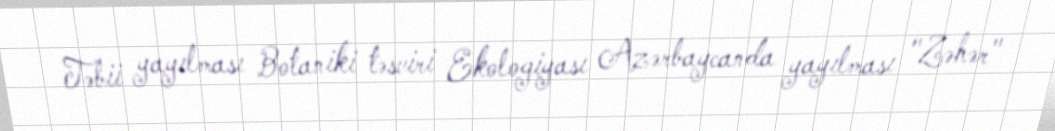
Təbii yayılması Botaniki təsviri Ekologiyası Azərbaycanda yayılması "Zəhər"